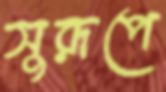
সুরূপে